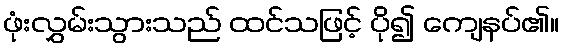
ဖုံးလွှမ်းသွားသည် ထင်သဖြင့် ပို၍ ကျေနပ်၏။